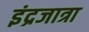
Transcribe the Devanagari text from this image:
इंद्रजात्रा